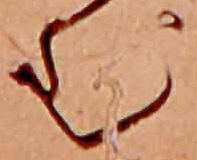
む